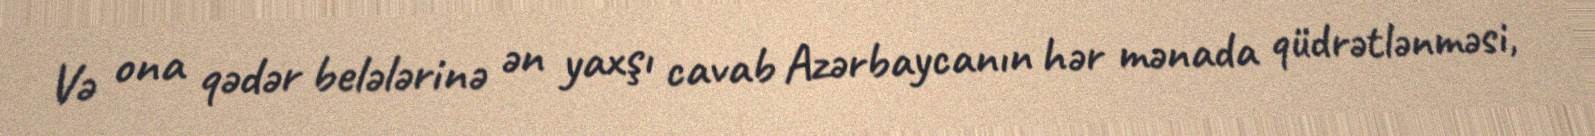
Və ona qədər belələrinə ən yaxşı cavab Azərbaycanın hər mənada qüdrətlənməsi,